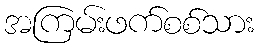
အကြမ်းဖက်စစ်သား